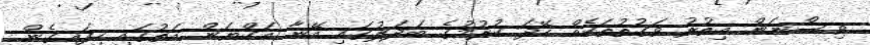
ވިސްނަން އިތުރު ވަގުތުތަކެއް ހޭދަ ކުރުމުގެ ބަދަލުގައި އޭނާ އަކްޔަން އަތުގައި ހިފައިގެން